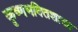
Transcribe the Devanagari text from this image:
कृष्णभक्तिशाखा